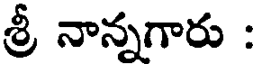
శ్రీ నాన్నగారు :